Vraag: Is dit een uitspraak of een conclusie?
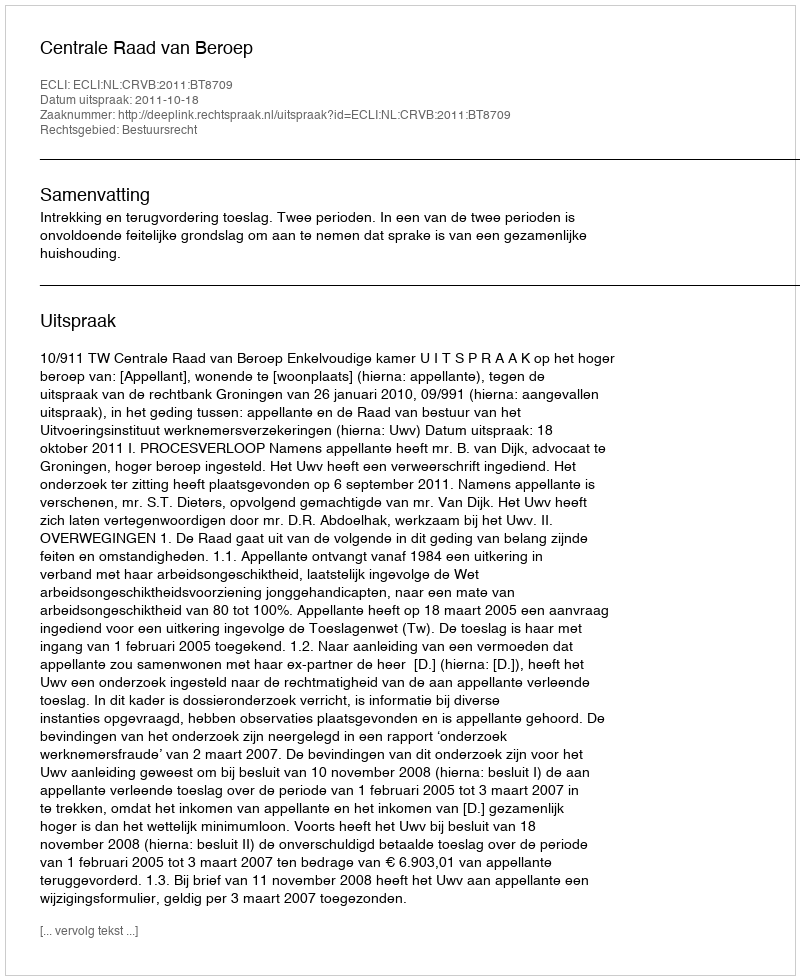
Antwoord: Uitspraak